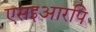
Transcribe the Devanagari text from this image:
एसइआरपि